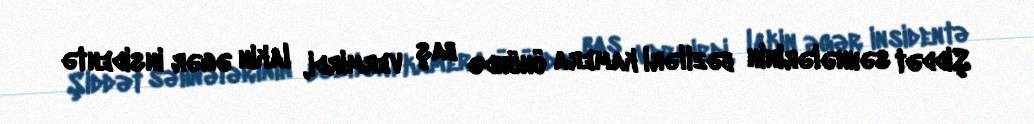
Şiddət səhnələrinin bəziləri kamera önündə baş vermirdi, lakin əgər insidentə